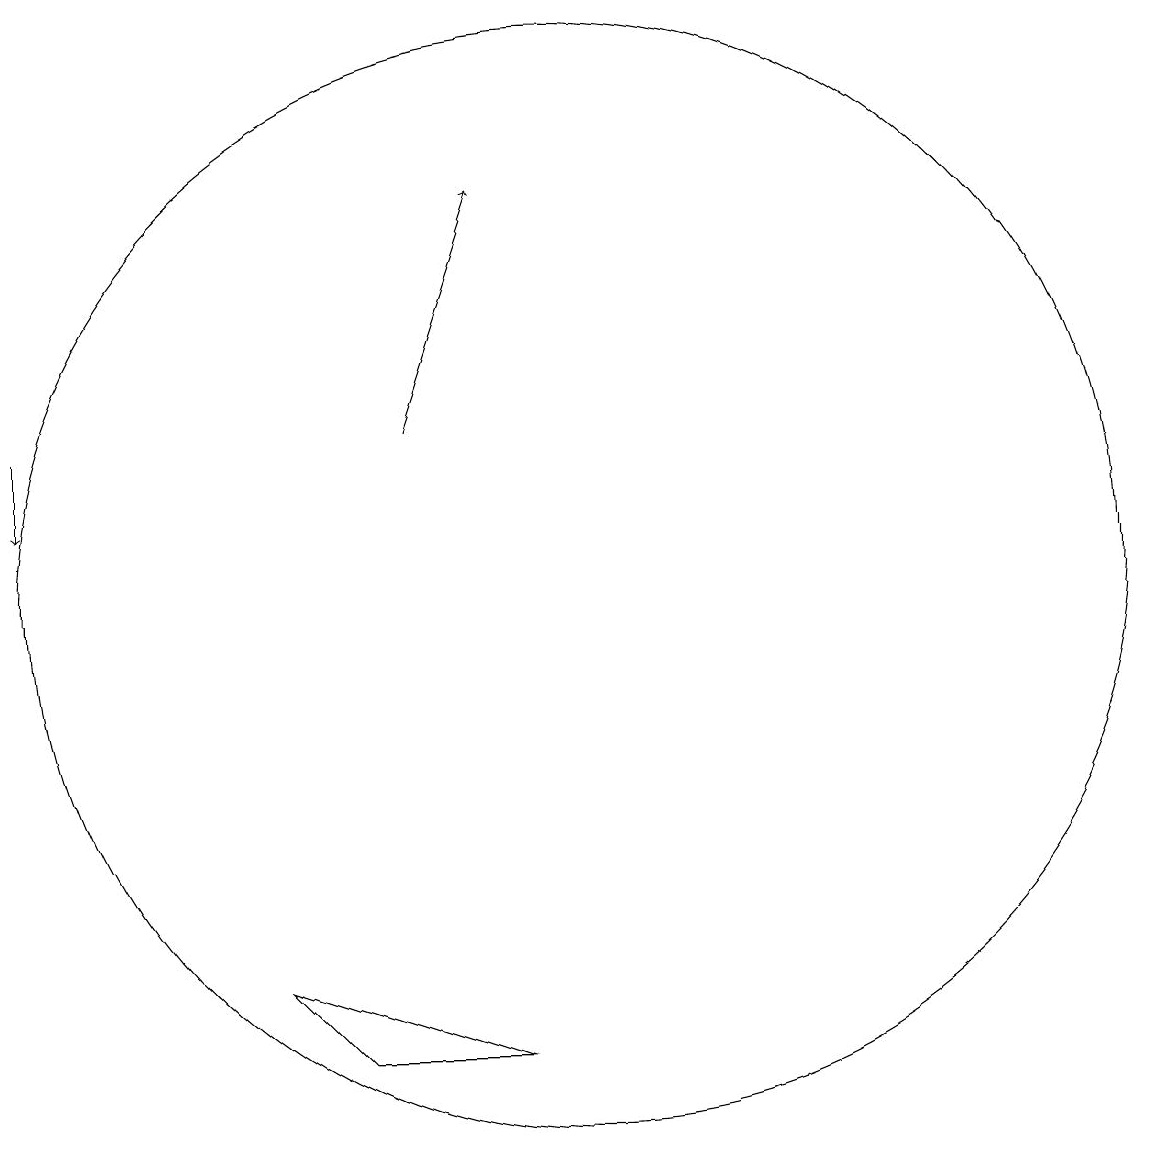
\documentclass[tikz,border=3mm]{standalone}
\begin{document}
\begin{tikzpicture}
\draw (10,12) circle (7);
\draw[->] (3,14) -- (3,13);
\draw (7,6) -- (6,7) -- (9,6) -- cycle;
\draw[->] (8,14) -- (9,17);
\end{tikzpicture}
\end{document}